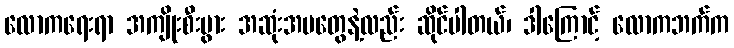
လောကရေးရာ အကျိုးစီးပွား အဆုံးအမတွေနဲ့လည်း ဆိုင်ပါတယ်၊ ဒါကြောင့် လောကဘက်က